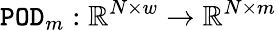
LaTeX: {\tt POD}_{m}:\mathbb{R}^{N\times w}\rightarrow\mathbb{R}^{N\times m}